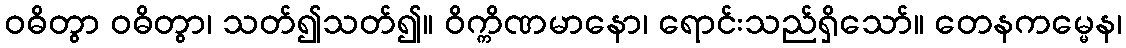
ဝဓိတွာ ဝဓိတွာ၊ သတ်၍သတ်၍။ ဝိက္ကိဏမာနော၊ ရောင်းသည်ရှိသော်။ တေနကမ္မေန၊